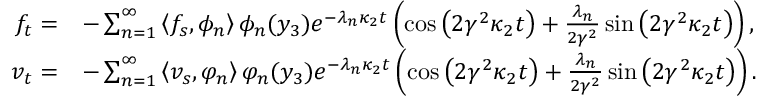
\begin{array} { r l } { f _ { t } = } & { - \sum _ { n = 1 } ^ { \infty } \left\langle f _ { s } , \phi _ { n } \right\rangle \phi _ { n } ( y _ { 3 } ) e ^ { - \lambda _ { n } \kappa _ { 2 } t } \left( \cos \left( 2 \gamma ^ { 2 } \kappa _ { 2 } t \right) + \frac { \lambda _ { n } } { 2 \gamma ^ { 2 } } \sin \left( 2 \gamma ^ { 2 } \kappa _ { 2 } t \right) \right) , } \\ { v _ { t } = } & { - \sum _ { n = 1 } ^ { \infty } \left\langle v _ { s } , \varphi _ { n } \right\rangle \varphi _ { n } ( y _ { 3 } ) e ^ { - \lambda _ { n } \kappa _ { 2 } t } \left( \cos \left( 2 \gamma ^ { 2 } \kappa _ { 2 } t \right) + \frac { \lambda _ { n } } { 2 \gamma ^ { 2 } } \sin \left( 2 \gamma ^ { 2 } \kappa _ { 2 } t \right) \right) . } \end{array}